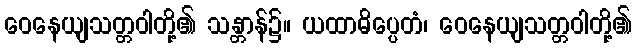
ဝေနေယျသတ္တဝါတို့၏ သန္တာန်၌။ ယထာဓိပ္ပေတံ၊ ဝေနေယျသတ္တဝါတို့၏